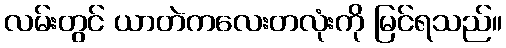
လမ်းတွင် ယာတဲကလေးတလုံးကို မြင်ရသည်။